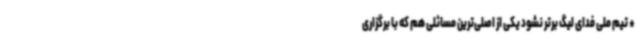
* تیم ملی فدای لیگ برتر نشود یکی از اصلی‌ترین مسائلی هم که با برگزاری